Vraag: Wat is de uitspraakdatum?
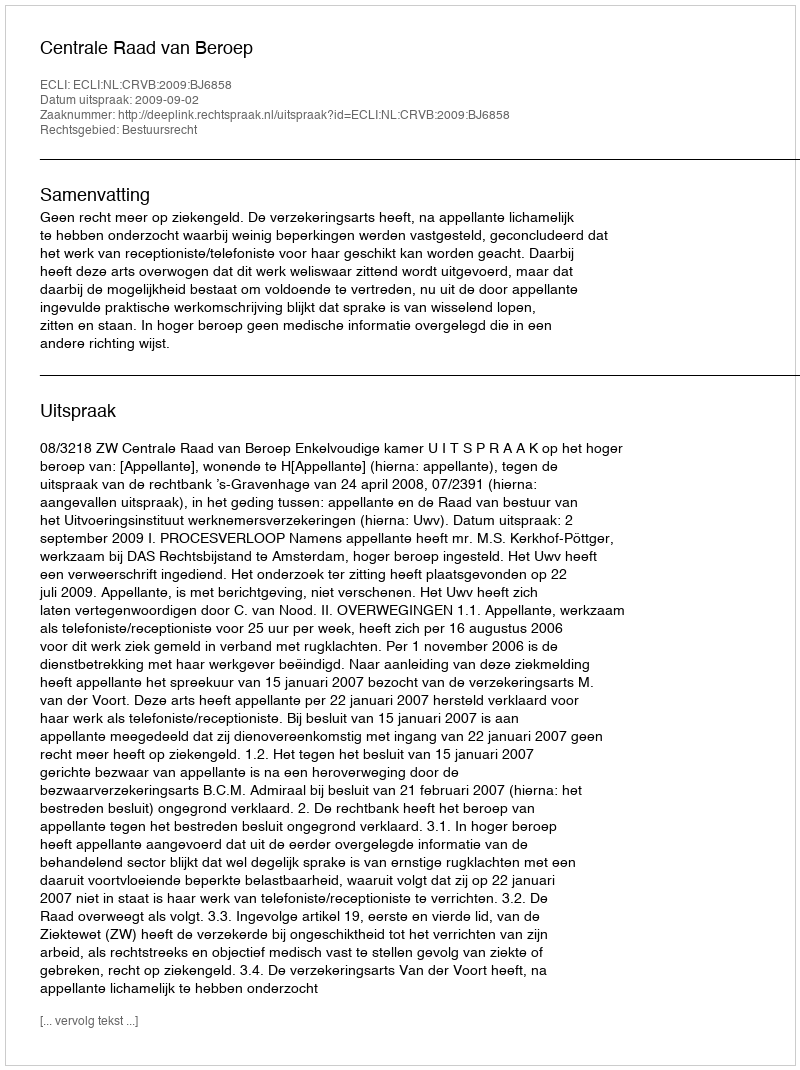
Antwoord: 2009-09-02